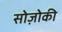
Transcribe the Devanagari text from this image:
सोज़ोकी